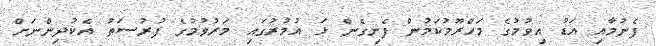
ފެނުމާއި އަޑު އިވުމުގެ މަހްރޫމުކަމުން ފެށިގެން ޅަ އުމުރުގައި މަރުވުމުގެ ފުރުސަތު އެކުދިންނަށް